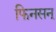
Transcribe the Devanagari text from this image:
फिनसन्‌